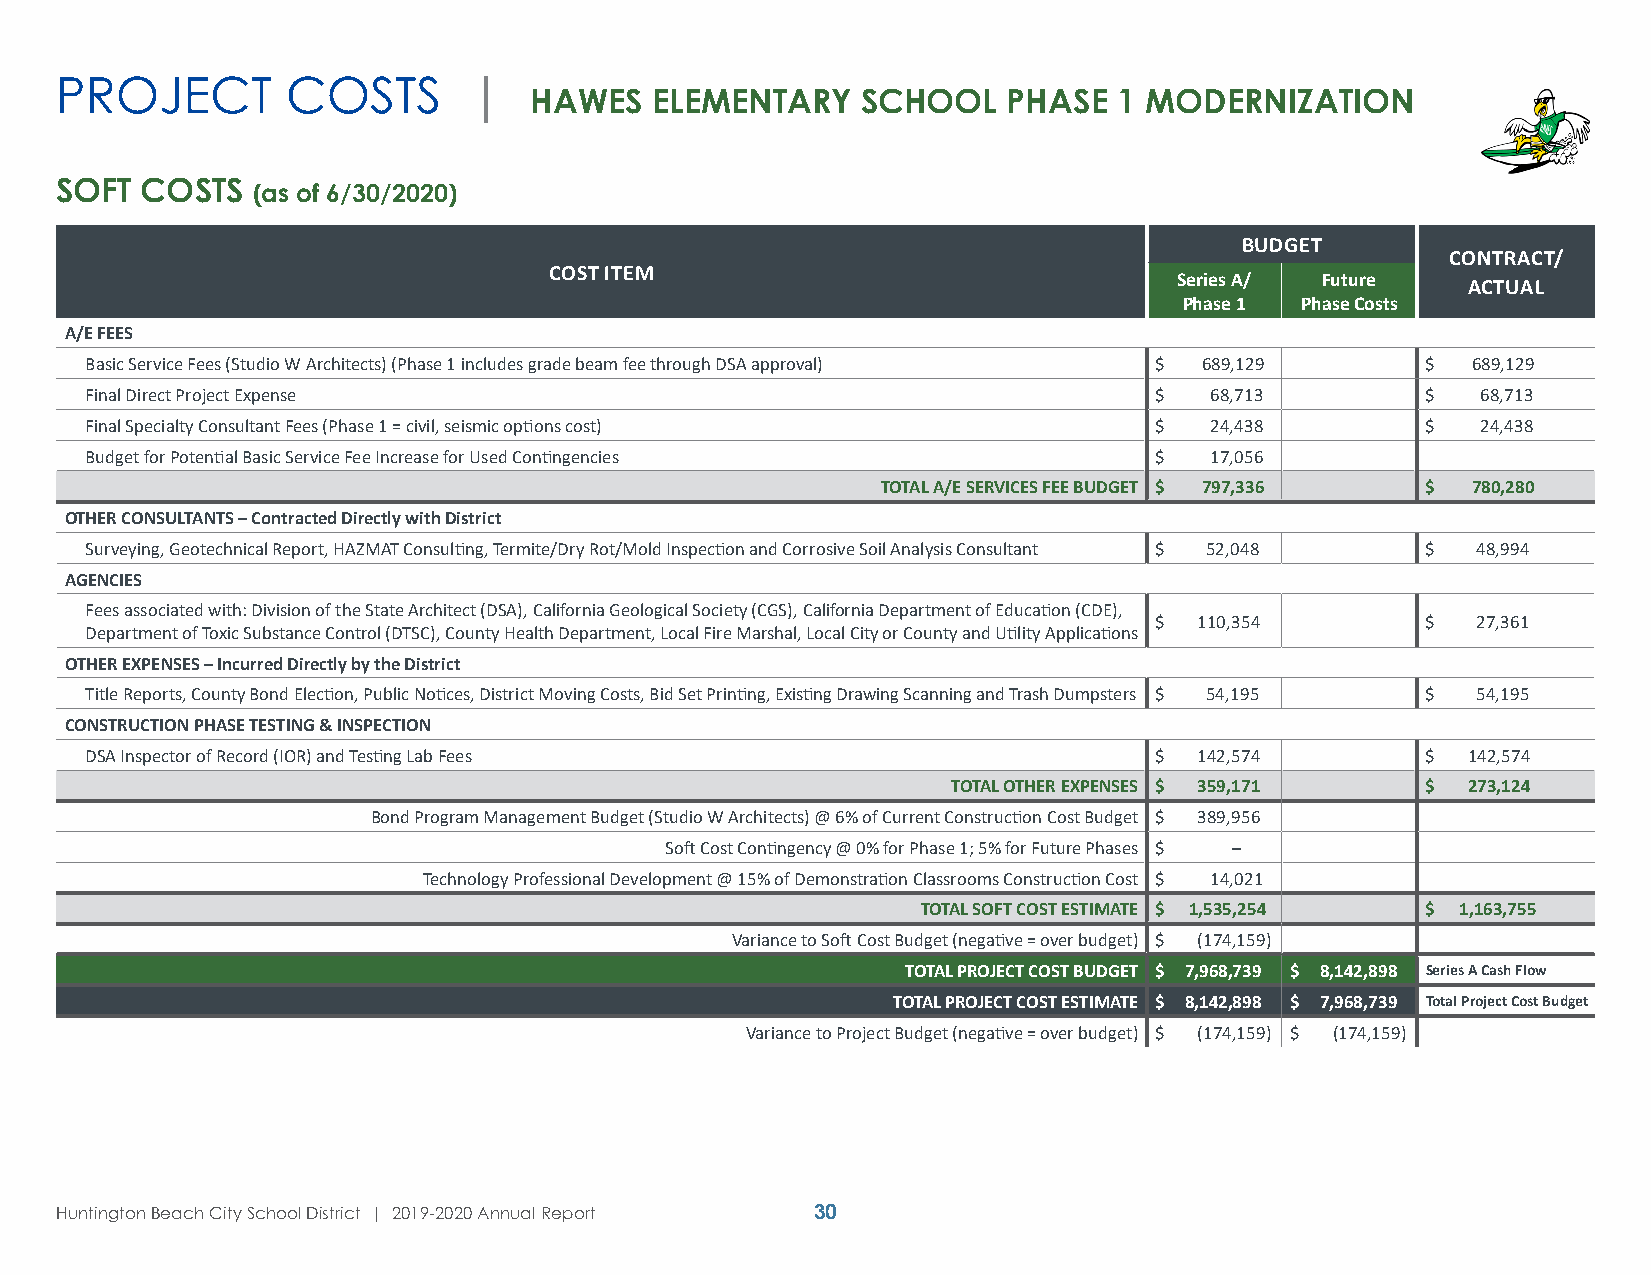
PROJECT        COSTS       |
 HAWES   ELEMENTARY    SCHOOL    PHASE  1 MODERNIZATION
 SOFT COSTS   (as of 6/30/2020)
 BUDGET
 CONTRACT/
 COST ITEM
 Series A/ Future
 ACTUAL
 Phase 1 Phase Costs
 A/E FEES
 Basic Service Fees (Studio W Architects) (Phase 1 includes grade beam fee through DSA approval) $ 689,129 $ 689,129
 Final Direct Project Expense                                          $   68,713        $   68,713
 Final Specialty Consultant Fees (Phase 1 = civil, seismic options cost) $ 24,438        $   24,438
 Budget for Potential Basic Service Fee Increase for Used Contingencies $  17,056
 TOTAL A/E SERVICES FEE BUDGET $ 797,336 $ 780,280
 OTHER CONSULTANTS – Contracted Directly with District
 Surveying, Geotechnical Report, HAZMAT Consulting, Termite/Dry Rot/Mold Inspection and Corrosive Soil Analysis Consultant $ 52,048 $ 48,994
 AGENCIES
 Fees associated with: Division of the State Architect (DSA), California Geological Society (CGS), California Department of Education (CDE),
 $  110,354        $   27,361
 Department of Toxic Substance Control (DTSC), County Health Department, Local Fire Marshal, Local City or County and Utility Applications
 OTHER EXPENSES – Incurred Directly by the District
 Title Reports, County Bond Election, Public Notices, District Moving Costs, Bid Set Printing, Existing Drawing Scanning and Trash Dumpsters $ 54,195 $ 54,195
 CONSTRUCTION PHASE TESTING & INSPECTION
 DSA Inspector of Record (IOR) and Testing Lab Fees                    $  142,574        $  142,574
 TOTAL OTHER EXPENSES $ 359,171 $  273,124
 Bond Program Management Budget (Studio W Architects) @ 6% of Current Construction Cost Budget $ 389,956
 Soft Cost Contingency @ 0% for Phase 1; 5% for Future Phases $ –
 Technology Professional Development @ 15% of Demonstration Classrooms Construction Cost $ 14,021
 TOTAL SOFT COST ESTIMATE $ 1,535,254 $ 1,163,755
 Variance to Soft Cost Budget (negative = over budget) $ (174,159)
 TOTAL PROJECT COST BUDGET $ 7,968,739 $ 8,142,898 Series A Cash Flow
 TOTAL PROJECT COST ESTIMATE $ 8,142,898 $ 7,968,739 Total Project Cost Budget
 Variance to Project Budget (negative = over budget) $ (174,159) $ (174,159)
 Huntington Beach City School District | 2019-2020 Annual Report 30